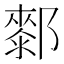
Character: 𨞢